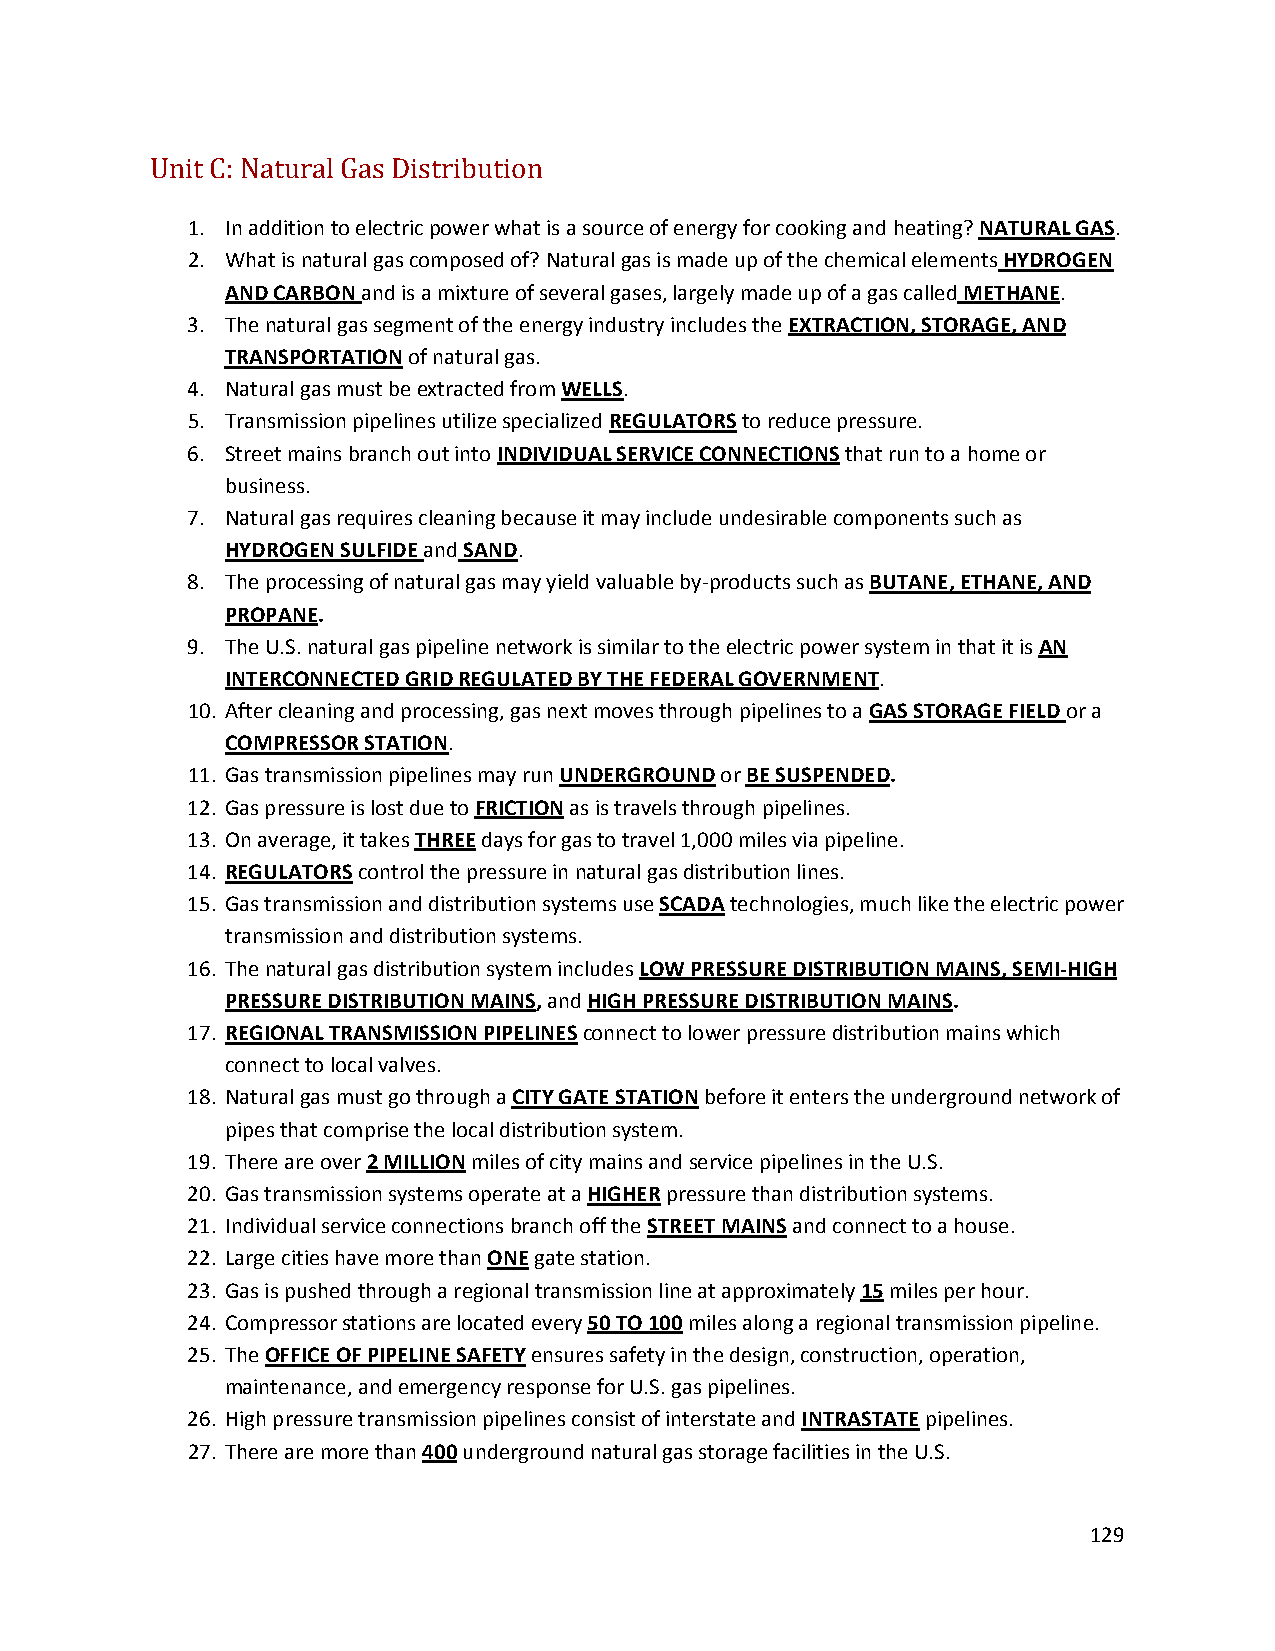
Unit C: Natural Gas Distribution
 1. In addition to electric power what is a source of energy for cooking and heating? NATURAL GAS.
 2. What is natural gas composed of? Natural gas is made up of the chemical elements HYDROGEN
 AND CARBON and is a mixture of several gases, largely made up of a gas called METHANE.
 3. The natural gas segment of the energy industry includes the EXTRACTION, STORAGE, AND
 TRANSPORTATION of natural gas.
 4. Natural gas must be extracted from WELLS.
 5. Transmission pipelines utilize specialized REGULATORS to reduce pressure.
 6. Street mains branch out into INDIVIDUAL SERVICE CONNECTIONS that run to a home or
 business.
 7. Natural gas requires cleaning because it may include undesirable components such as
 HYDROGEN SULFIDE and SAND.
 8. The processing of natural gas may yield valuable by‐products such as BUTANE, ETHANE, AND
 PROPANE.
 9. The U.S. natural gas pipeline network is similar to the electric power system in that it is AN
 INTERCONNECTED GRID REGULATED BY THE FEDERAL GOVERNMENT.
 10. After cleaning and processing, gas next moves through pipelines to a GAS STORAGE FIELD or a
 COMPRESSOR STATION.
 11. Gas transmission pipelines may run UNDERGROUND or BE SUSPENDED.
 12. Gas pressure is lost due to FRICTION as is travels through pipelines.
 13. On average, it takes THREE days for gas to travel 1,000 miles via pipeline.
 14. REGULATORS control the pressure in natural gas distribution lines.
 15. Gas transmission and distribution systems use SCADA technologies, much like the electric power
 transmission and distribution systems.
 16. The natural gas distribution system includes LOW PRESSURE DISTRIBUTION MAINS, SEMI‐HIGH
 PRESSURE DISTRIBUTION MAINS, and HIGH PRESSURE DISTRIBUTION MAINS.
 17. REGIONAL TRANSMISSION PIPELINES connect to lower pressure distribution mains which
 connect to local valves.
 18. Natural gas must go through a CITY GATE STATION before it enters the underground network of
 pipes that comprise the local distribution system.
 19. There are over 2 MILLION miles of city mains and service pipelines in the U.S.
 20. Gas transmission systems operate at a HIGHER pressure than distribution systems.
 21. Individual service connections branch off the STREET MAINS and connect to a house.
 22. Large cities have more than ONE gate station.
 23. Gas is pushed through a regional transmission line at approximately 15 miles per hour.
 24. Compressor stations are located every 50 TO 100 miles along a regional transmission pipeline.
 25. The OFFICE OF PIPELINE SAFETY ensures safety in the design, construction, operation,
 maintenance, and emergency response for U.S. gas pipelines.
 26. High pressure transmission pipelines consist of interstate and INTRASTATE pipelines.
 27. There are more than 400 underground natural gas storage facilities in the U.S.
 129